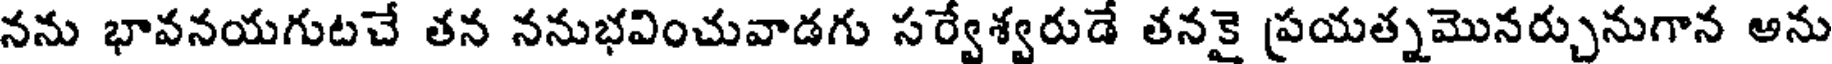
నను భావనయగుటచే తన ననుభవించువాడగు సర్వేశ్వరుడే తనకై ప్రయత్నమొనర్చునుగాన అను